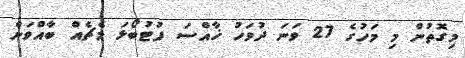
މިގޮތުން މި މަހުގެ 27 ވަނަ ދުވަހު ޚާއްސަ ފުޓުބޯޅަ މެޗެއް ބާއްވަން